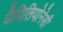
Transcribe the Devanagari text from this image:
पैपिलियोनेसी